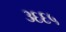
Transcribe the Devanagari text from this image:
३६६५